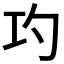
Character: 𭘅